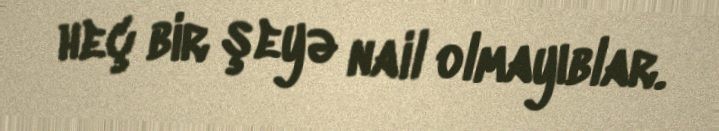
heç bir şeyə nail olmayıblar.